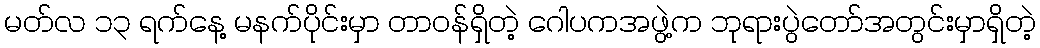
မတ်လ ၁၃ ရက်နေ့ မနက်ပိုင်းမှာ တာဝန်ရှိတဲ့ ဂေါပကအဖွဲ့က ဘုရားပွဲတော်အတွင်းမှာရှိတဲ့